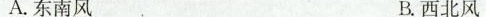
A.东南风 B.西北风